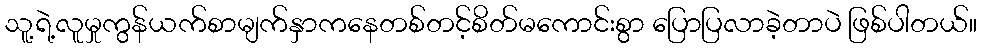
သူ့ရဲ့လူမှုကွန်ယက်စာမျက်နှာကနေတစ်တင့်စိတ်မကောင်းစွာ ပြောပြလာခဲ့တာပဲ ဖြစ်ပါတယ်။